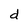
Character: d